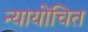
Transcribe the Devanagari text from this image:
न्‍यायोंचित